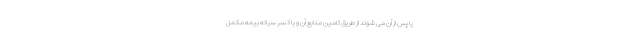
یا پس از آن می شوند از طریق تامین منابع آن و با کسر سرانه بیمه مکمل